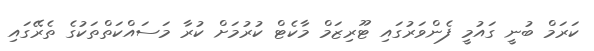
ކަރަމް ބުނީ ގައުމީ ފެންވަރުގައި ޓޫރިޒަމް މާކެޓް ކުރުމަށް ކުރާ މަސައްކަތްތަކުގެ ތެރޭގައި